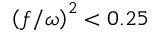
\left( f / \omega \right) ^ { 2 } < 0 . 2 5